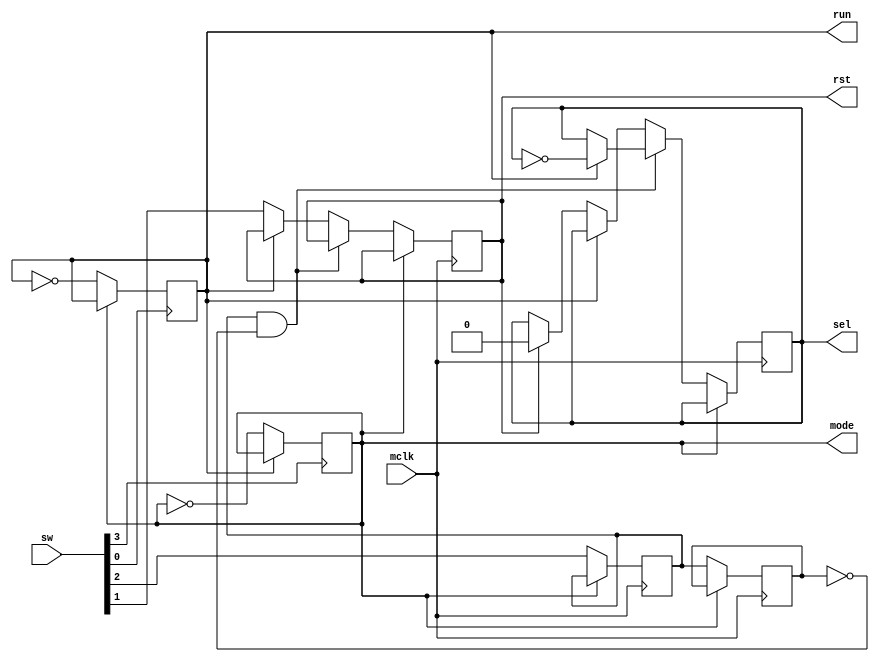
module sw_inf(
  input mclk,
  input [3:0] sw,
  output reg run = 1'b0,
  output reg rst = 1'b0,
  output reg sel = 1'b0,
  output reg mode = 1'b0
);

reg sw2_z = 1'b0;
reg sw2_zz = 1'b0;

always @(posedge sw[0])
begin
  if (mode == 1'b0)
  run <= ~run;
end

always @(posedge mclk)
begin
  if (mode == 1'b0)
  begin
  sw2_z <= sw[2];
  sw2_zz <= sw2_z;
  if(sw2_z&&(~sw2_zz))
    begin
      if(run == 1'b1)
        sel <= ~sel;
    end
  
  else
    if(run == 1'b0)
      begin
        rst <= sw[1];
        if (rst)
          sel <= 1'b0;
      end
    end
end

always @(posedge sw[3])
begin
	if(run == 2'b0)
		mode <= ~mode;
end
endmodule